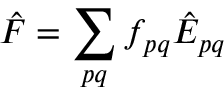
\hat { F } = \sum _ { p q } f _ { p q } \hat { E } _ { p q }